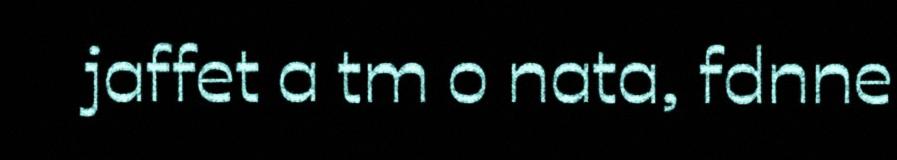
jaffet a tm o nata, fdnne